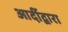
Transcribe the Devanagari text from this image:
आदींद्वारा